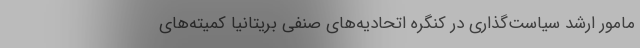
مامور ارشد سیاست‌گذاری در کنگره اتحادیه‌های صنفی بریتانیا کمیته‌های